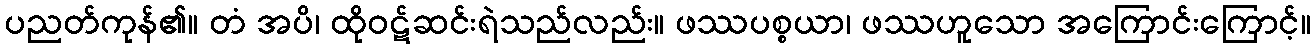
ပညတ်ကုန်၏။ တံ အပိ၊ ထိုဝဋ်ဆင်းရဲသည်လည်း။ ဖဿပစ္စယာ၊ ဖဿဟူသော အကြောင်းကြောင့်။